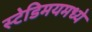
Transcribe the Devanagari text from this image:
स्टेडिमयमध्ये